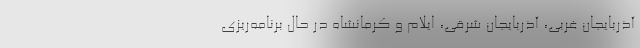
آذربایجان غربی، آذربایجان شرقی، ایلام و ‌کرمانشاه در حال برنامه‌ریزی